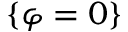
\{ \varphi = 0 \}